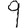
Digit: 9